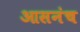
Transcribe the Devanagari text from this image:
आसनंच